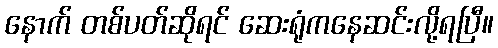
နောက် တစ်ပတ်ဆိုရင် ဆေးရုံကနေဆင်းလို့ရပြီ။